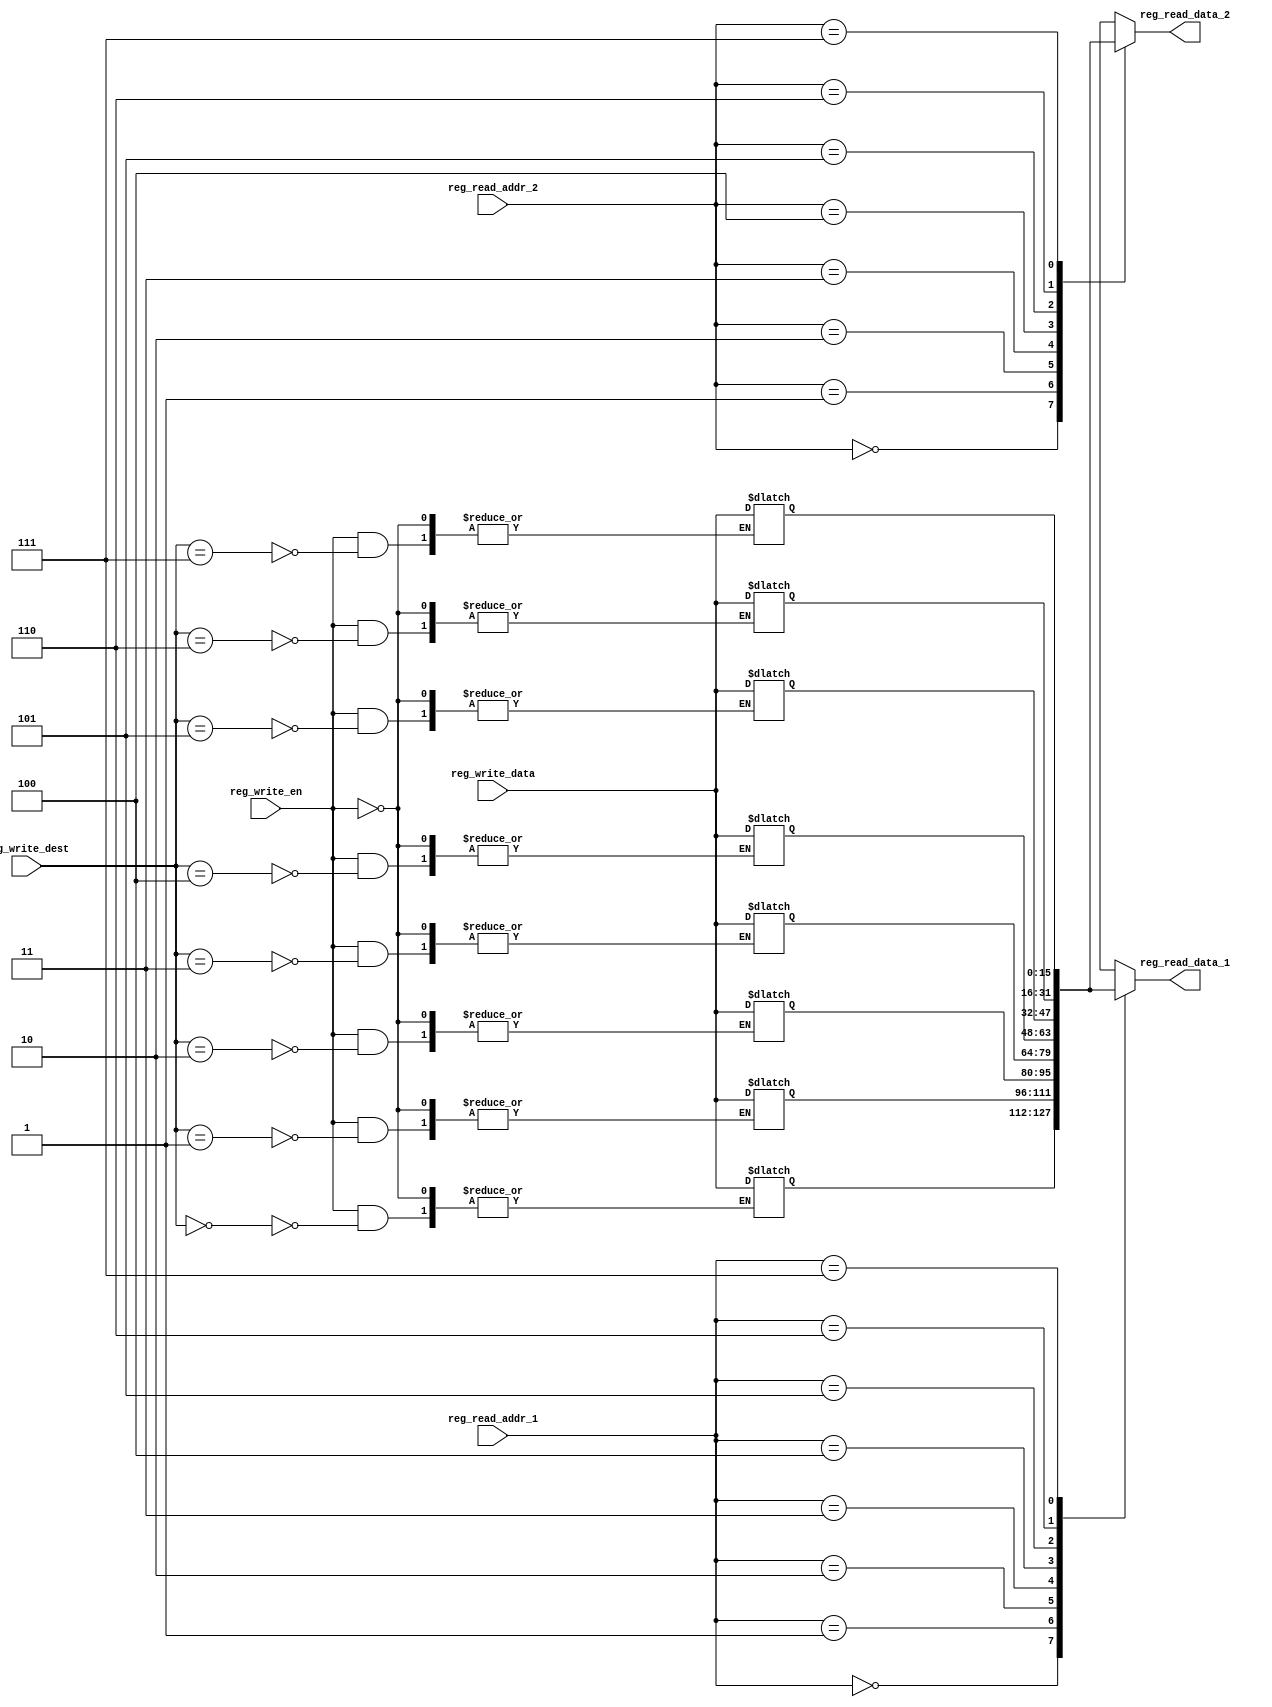
module register_file  
 (  
      //input                    clk,  
      //input                    rst,  
      // write port  
      input                    reg_write_en,  
      input          [2:0]     reg_write_dest,  
      input          [15:0]     reg_write_data,  
      //read port 1  
      input          [2:0]     reg_read_addr_1,  
      output          [15:0]     reg_read_data_1,  
      //read port 2  
      input          [2:0]     reg_read_addr_2,  
      output          [15:0]     reg_read_data_2  
 );  
      reg     [15:0]     reg_array [7:0];  
      // write port  
      //reg [2:0] i;  
      //always @ (posedge clk or posedge rst) begin 
	  initial begin
		reg_array[0] <= 16'h0001;  
		reg_array[1] <= 16'h0002;  
		reg_array[2] <= 16'h0003;  
		reg_array[3] <= 16'h0004;  
		reg_array[4] <= 16'h0005;  
		reg_array[5] <= 16'h0006;  
		reg_array[6] <= 16'h0007;  
		reg_array[7] <= 16'h0008;
	  end
		always @ (*) begin	  
           // if(rst) begin  
                // reg_array[0] <= 16'h0001;  
                // reg_array[1] <= 16'h0002;  
                // reg_array[2] <= 16'h0003;  
                // reg_array[3] <= 16'h0004;  
                // reg_array[4] <= 16'h0005;  
                // reg_array[5] <= 16'h0006;  
                // reg_array[6] <= 16'h0007;  
                // reg_array[7] <= 16'h0008;       
           // end  
           // else begin  
                if(reg_write_en) begin  
                     reg_array[reg_write_dest] <= reg_write_data;  
                end  
           // end  
      end  
//      assign reg_read_data_1 = ( reg_read_addr_1 == 0)? 16'b0 : reg_array[reg_read_addr_1];  
//      assign reg_read_data_2 = ( reg_read_addr_2 == 0)? 16'b0 : reg_array[reg_read_addr_2];  
		assign reg_read_data_1 = reg_array[reg_read_addr_1];
		assign reg_read_data_2 = reg_array[reg_read_addr_2];
endmodule